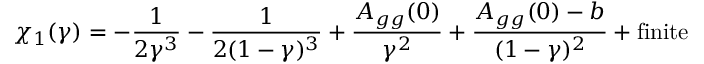
\chi _ { 1 } ( \gamma ) = - \frac { 1 } { 2 \gamma ^ { 3 } } - \frac { 1 } { 2 ( 1 - \gamma ) ^ { 3 } } + \frac { A _ { g g } ( 0 ) } { \gamma ^ { 2 } } + \frac { A _ { g g } ( 0 ) - b } { ( 1 - \gamma ) ^ { 2 } } + \mathrm { f i n i t e }